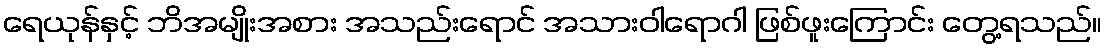
ရေယုန်နှင့် ဘိအမျိုးအစား အသည်းရောင် အသားဝါရောဂါ ဖြစ်ဖူးကြောင်း တွေ့ရသည်။